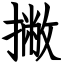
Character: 撇